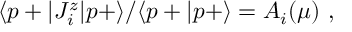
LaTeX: \langle p + | J _ { i } ^ { z } | p + \rangle / \langle p + | p + \rangle = A _ { i } ( \mu ) \ ,